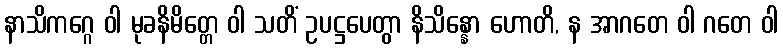
နာသိကဂ္ဂေ ဝါ မုခနိမိတ္တေ ဝါ သတိံ ဥပဋ္ဌပေတွာ နိသိန္နော ဟောတိ, န အာဂတေ ဝါ ဂတေ ဝါ